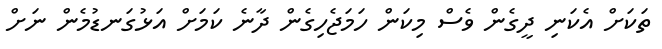
ތަކަށް އެކަނި ދީގެން ވެސް މިކަން ހަމަޖެހިގެން ދާނެ ކަމަށް އަޅުގަނޑުމެން ނަށް